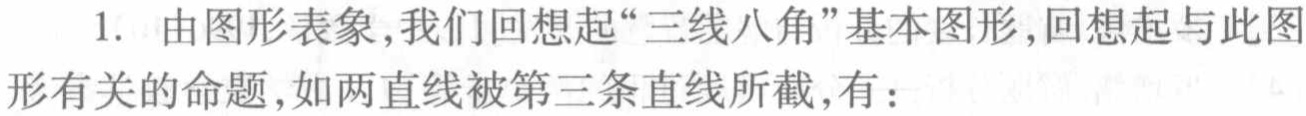
1. 由图形表象,我们回想起“三线八角”基本图形,回想起与此图
形有关的命题,如两直线被第三条直线所截,有：